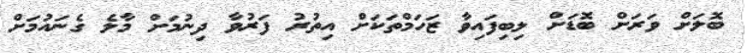
ބޮލަށް ވަރަށް ބޮޑަށް ލިބިފައިވާ ޒަހަމްތަކަށް އިތުރު ފަރުވާ ދިނުމަށް މާލެ ގެނައުމަށް